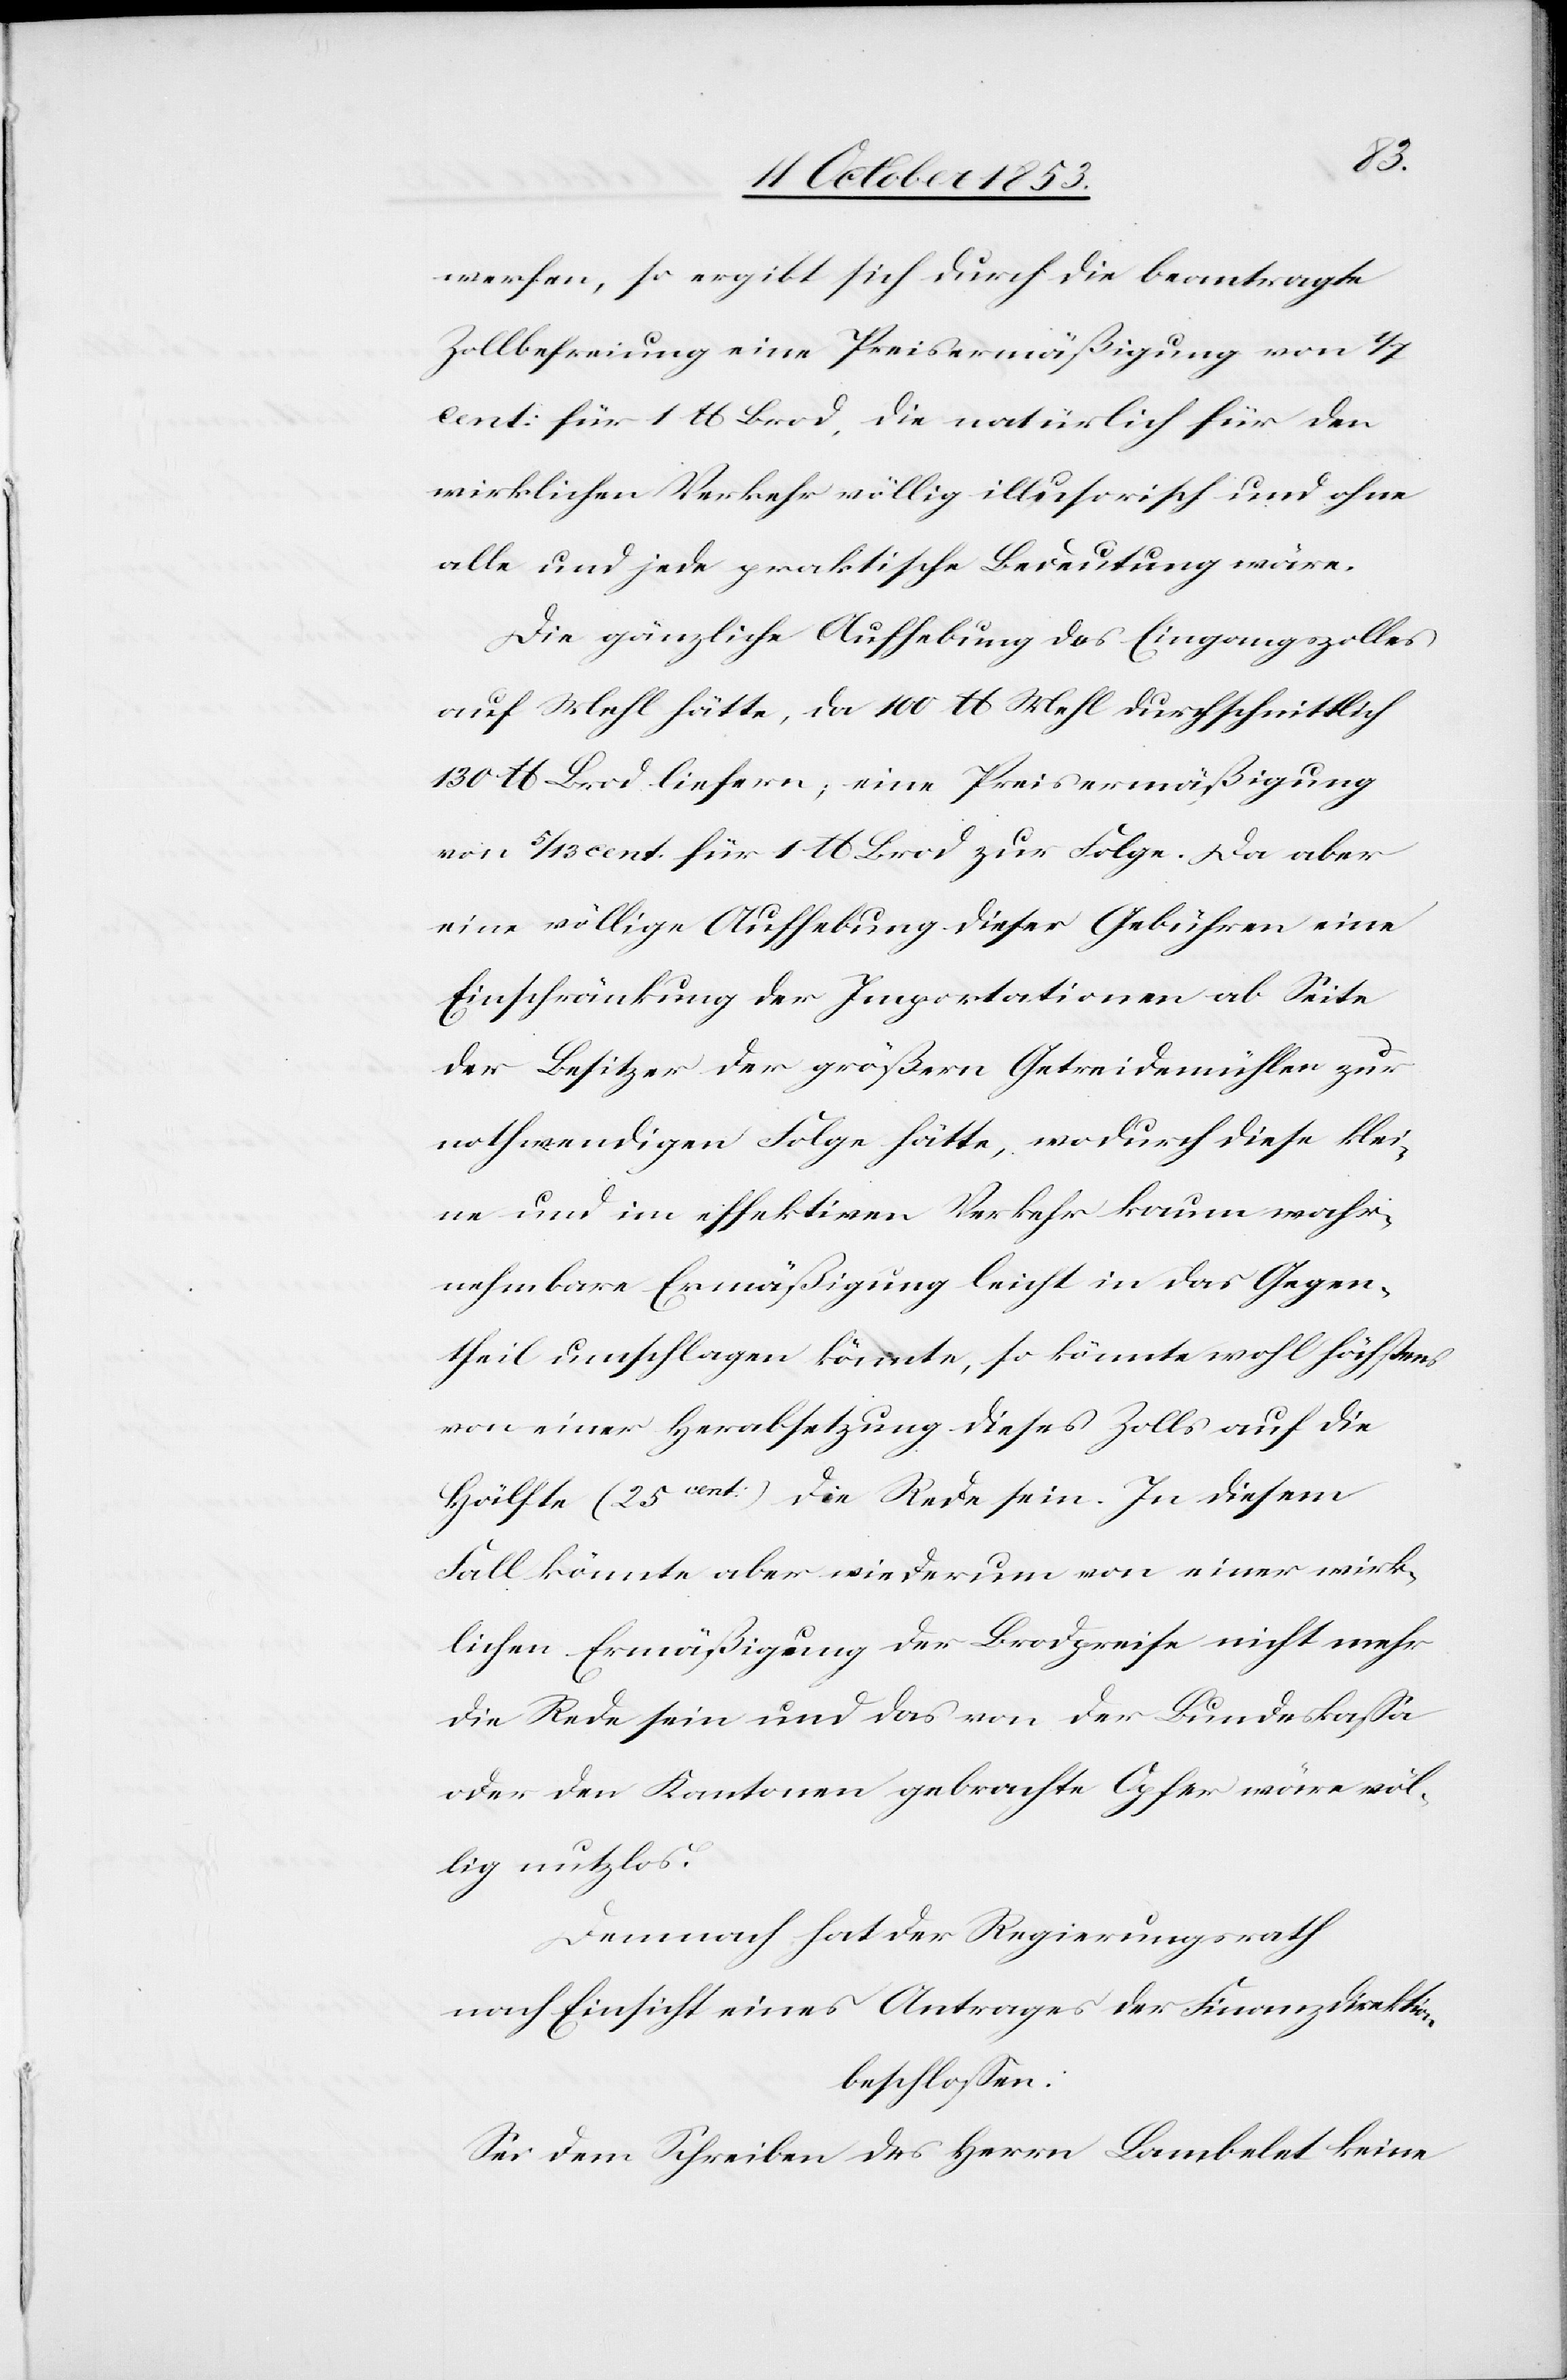
werfen, so ergibt sich durch die beantragte
Zollbefreiung eine Preisermäßigung von 1/7
cent: für 1 lb Brod, die natürlich für den
wirklichen Verkehr völlig illusorisch und ohne
alle und jede praktische Bedeutung wäre.
Die gänzliche Aufhebung des Eingangszolles
auf Mehl hätte, da 100 lb Mehl durchschnittlich
130 lb Brod liefern; eine Preisermäßigung
von 5/13 cent. für 1 lb Brod zur Folge. Da aber
eine völlige Aufhebung dieser Gebühren eine
Einschränkung der Importationen ab Seite
der Besitzer der größern Getreidemühle zur
nothwendigen Folge hätte, wodurch diese klei¬
ne und im effektiven Verkehr kaum wahr¬
nehmbare Ermäßigung leicht in das Gegen¬
theil umschlagen könnte, so könnte wohl höchstens
von einer Herabsetzung dieses Zolls auf die
Hälfte (25 cent) die Rede sein. In diesem
Fall könnte aber wiederum von einer wirk¬
lichen Ermäßigung des Brodpreises nicht mehr
die Rede sein und das von der Bundeskaßa
oder den Kantonen gebrachte Opfer wäre völ¬
lig nutzlos.
Demnach hat der Regierungsrath
nach Einsicht eines Antrages der Finanzdirektion
beschloßen:
Sei dem Schreiben des Herrn Lambelet keine